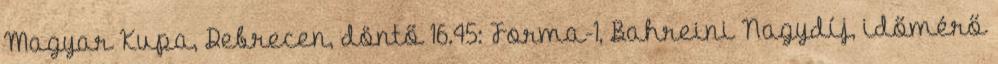
Magyar Kupa, Debrecen, döntő 16.45: Forma-1, Bahreini Nagydíj, időmérő